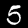
Digit: 5